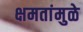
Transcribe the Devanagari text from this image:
क्षमतांमुळे